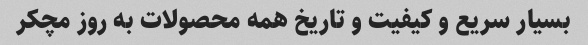
بسیار سریع و کیفیت و تاریخ همه محصولات به روز مچکر